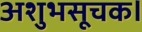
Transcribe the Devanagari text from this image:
अशुभसूचक।